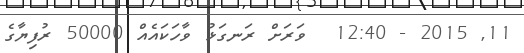
11